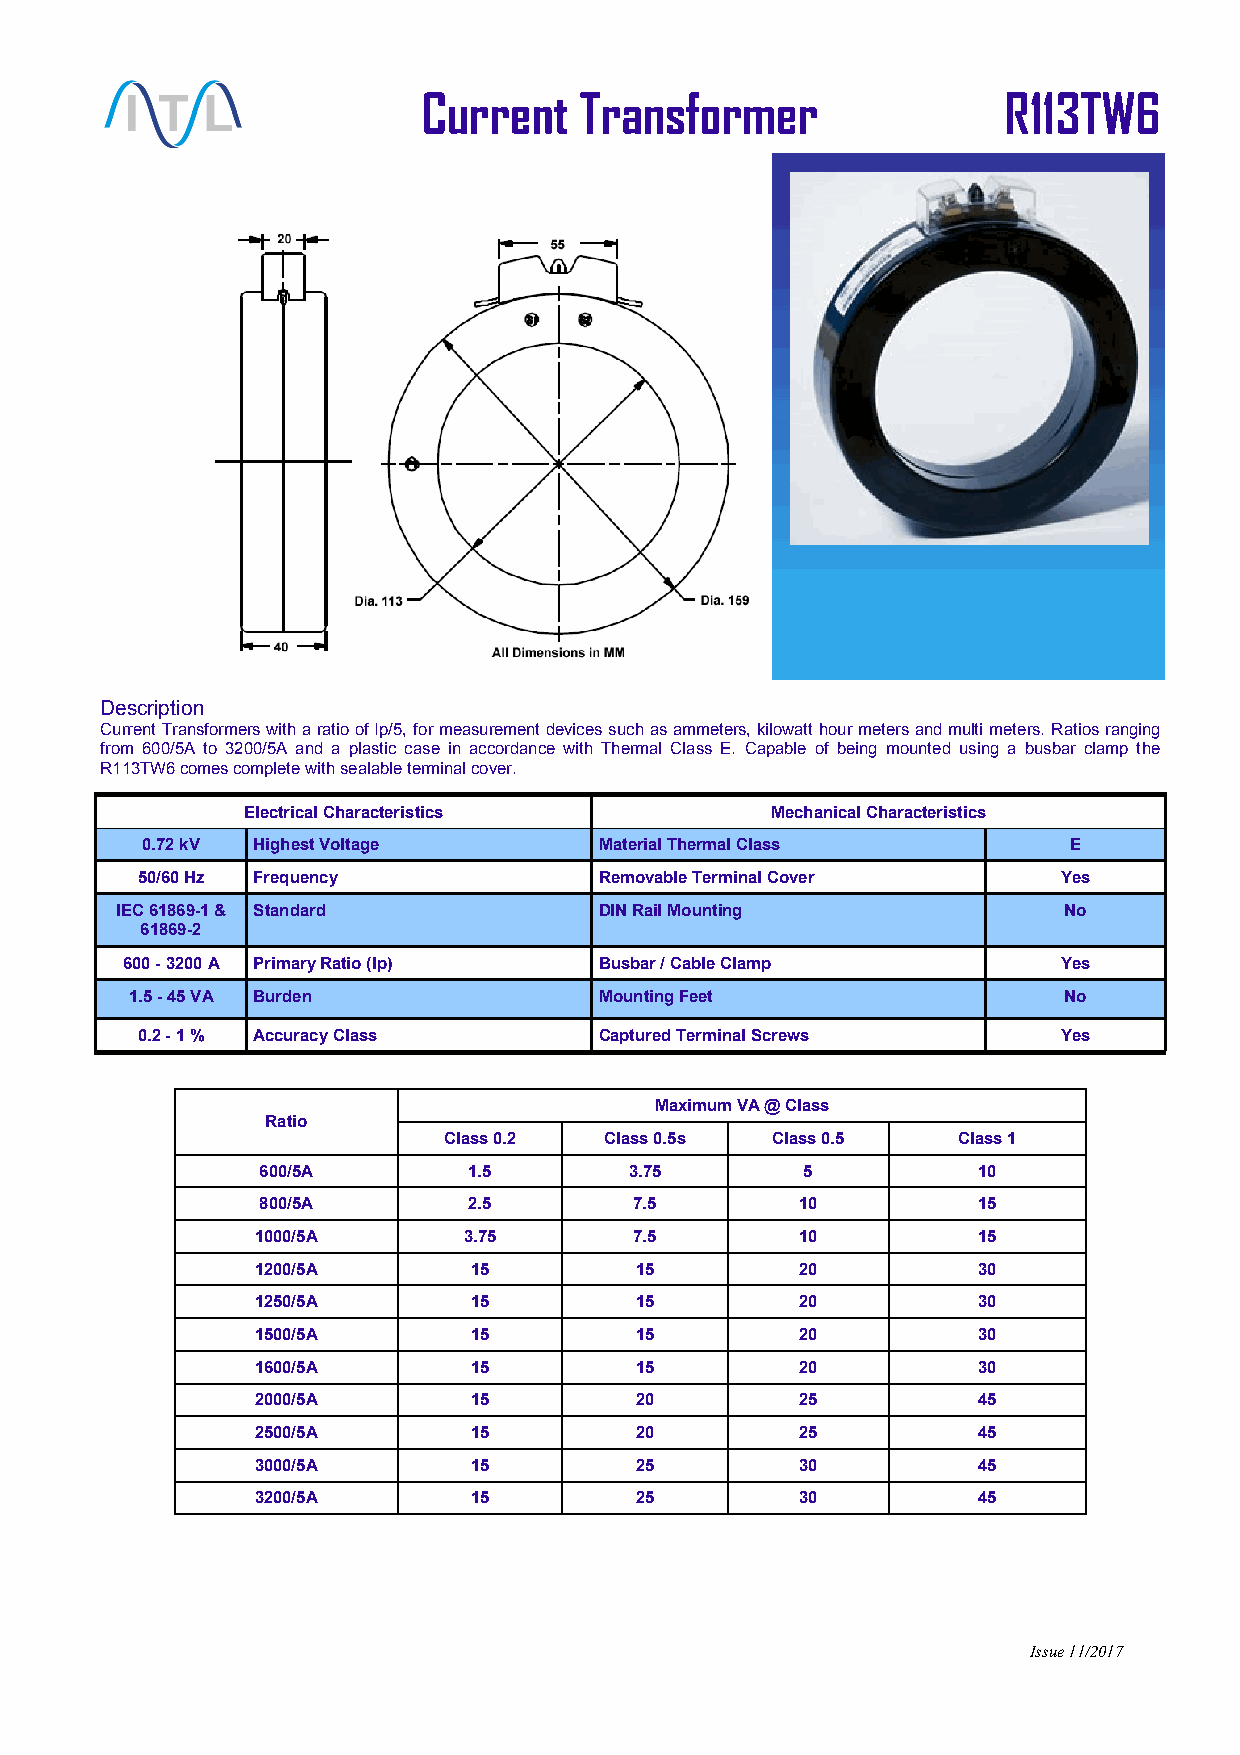
Current   Transformer                  R113TW6
 Description
 Current Transformers with a ratio of Ip/5, for measurement devices such as ammeters, kilowatt hour meters and multi meters. Ratios ranging
 from 600/5A to 3200/5A and a plastic case in accordance with Thermal Class E. Capable of being mounted using a busbar clamp the
 R113TW6 comes complete with sealable terminal cover.
 Electrical Characteristics         Mechanical Characteristics
 0.72 kV Highest Voltage        Material Thermal Class         E
 50/60 Hz Frequency             Removable Terminal Cover      Yes
 IEC 61869-1 & Standard          DIN Rail Mounting             No
 61869-2
 600 - 3200 A Primary Ratio (Ip) Busbar / Cable Clamp          Yes
 1.5 - 45 VA Burden             Mounting Feet                 No
 0.2 - 1 % Accuracy Class       Captured Terminal Screws      Yes
 Maximum VA @ Class
 Ratio
 Class 0.2  Class 0.5s Class 0.5   Class 1
 600/5A        1.5        3.75       5           10
 800/5A        2.5        7.5        10          15
 1000/5A       3.75       7.5        10          15
 1200/5A       15         15         20          30
 1250/5A       15         15         20          30
 1500/5A       15         15         20          30
 1600/5A       15         15         20          30
 2000/5A       15         20         25          45
 2500/5A       15         20         25          45
 3000/5A       15         25         30          45
 3200/5A       15         25         30          45
 Issue 11/2017